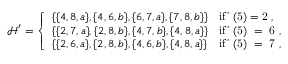
\mathcal { H } ^ { \prime } = \left\{ \begin{array} { l l } { \{ \{ 4 , 8 , a \} , \{ 4 , 6 , b \} , \{ 6 , 7 , a \} , \{ 7 , 8 , b \} \} } & { \mathrm { i f ~ \hat { \varphi } ( 5 ) = 2 ~ , } } \\ { \{ \{ 2 , 7 , a \} , \{ 2 , 8 , b \} , \{ 4 , 7 , b \} , \{ 4 , 8 , a \} \} } & { \mathrm { i f ~ \hat { \varphi } ( 5 ) ~ = ~ 6 ~ , } } \\ { \{ \{ 2 , 6 , a \} , \{ 2 , 8 , b \} , \{ 4 , 6 , b \} , \{ 4 , 8 , a \} \} } & { \mathrm { i f ~ \hat { \varphi } ( 5 ) ~ = ~ 7 ~ , } } \end{array} \right.